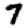
Digit: 7